Insane asylums in Bengal annual reports 1876-1887 - 1876-1887
Year: 1876
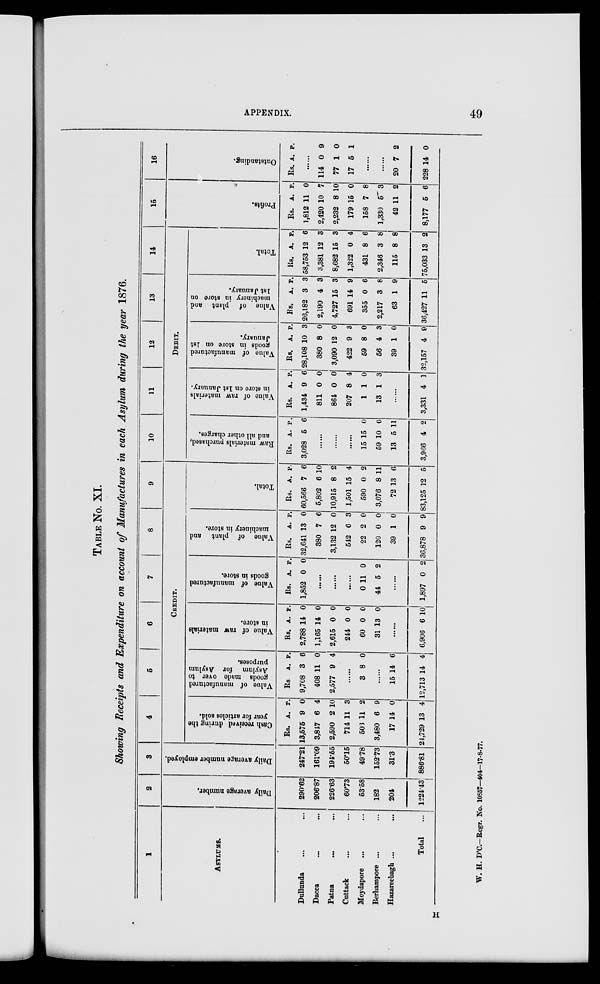
APPENDIX.
49
TABLE No. XI.
Showing Receipts and Expenditure on account of Manufactures in each Asylum during the year 1876.
1
ASYLUMS.
Dullunda ... ...
Dacca ... ...
Patna ... ...
Cuttack ... ...
Moydapore ... ...
Berhampore ... ...
Hazareebagh ... ...
Total ...
2
Daily average number.
290.62
206.87
226.63
60.73
53.58
182
204
1224.43
3
Daily average number employed.
247.21
161.09
194.55
50.15
49.78
152.73
31.3
886.81
4
5
6
7
8
9
CREDIT.
Cash received
during the
year for articles sold.
Rs.
13,575
3,847
2,590
714
503
3,480
17
24,729
A.
9
6
2
11
11
6
14
13
P.
0
4
10
3
2
9
0
4
Value of manufactured
goods made over to
Asylum for Asylum
purposes.
Rs.
9,708
408
2,577
A.
3
11
9
P.
6
0
4
......
3 8 0
......
15
12,713
14
14
6
4
Value of raw materials
in store.
Rs.
2,788
1,165
2,615
244
60
31
A.
14
14
0
0
0
13
P.
0
0
0
0
0
0
......
6,906 6 10
Value of manufactured
goods in store.
Rs.
1,852
A.
0
P.
0
......
......
......
0
44
11
5
0
2
......
1,897 0 2
Value of plant and
machinery in store.
Rs.
32,641
380
3,132
542
22
120
39
36,878
A.
13
7
12
6
2
0
1
9
P.
0
6
0
3
0
0
0
9
Total.
Rs.
60,566
5,802
10,915
1,501
590
3,676
72
83,125
A.
7
6
8
15
0
8
13
12
P.
6
10
2
4
2
11
6
5
10
11
12
13
14
DEBIT.
Raw materials purchased,
and all other charges.
Rs.
3,028
A.
5
P.
6
......
......
......
15
59
13
3,966
15
10
5
4
0
6
11
2
Value of raw materials
in
store on 1st January.
Rs.
1,434
811
864
207
1
13
A.
9
0
0
8
1
1
P.
6
0
0
4
0
3
......
3,331 4 1
Value of manufactured
goods 1n store on 1st
January.
Rs.
28,108
380
3,090
422
59
56
39
32,157
A.
10
8
12
9
8
4
1
4
P.
3
0
0
3
0
3
0
9
Value of plant and
machinery in store on
1st January.
Rs.
26,182
2,190
4,727
691
355
2,217
63
36,427
A.
3
4
15
14
0
3
1
11
P.
3
3
3
9
6
8
9
5
Total.
Rs.
58,753
3,381
8,682
1,322
431
2,346
115
75,033
A.
12
12
15
0
8
3
8
13
P.
6
3
3
4
6
8
8
2
15
Profits.
Rs.
1,812
2,420
2,232
179
158
1,330
42
8,177
A.
11
10
8
15
7
5
11
5
P.
0
7
10
0
8
3
2
6
16
Outstanding.
Rs. A. P.
......
114
77
17
0
1
5
9
0
1
......
......
20
228
7
14
2
0
H
W. H. D'C.-Regr. No. 10857—404–17-8-77.